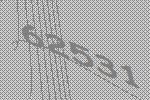
62531